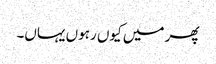
پھر میں کیوں رہوں یہاں۔